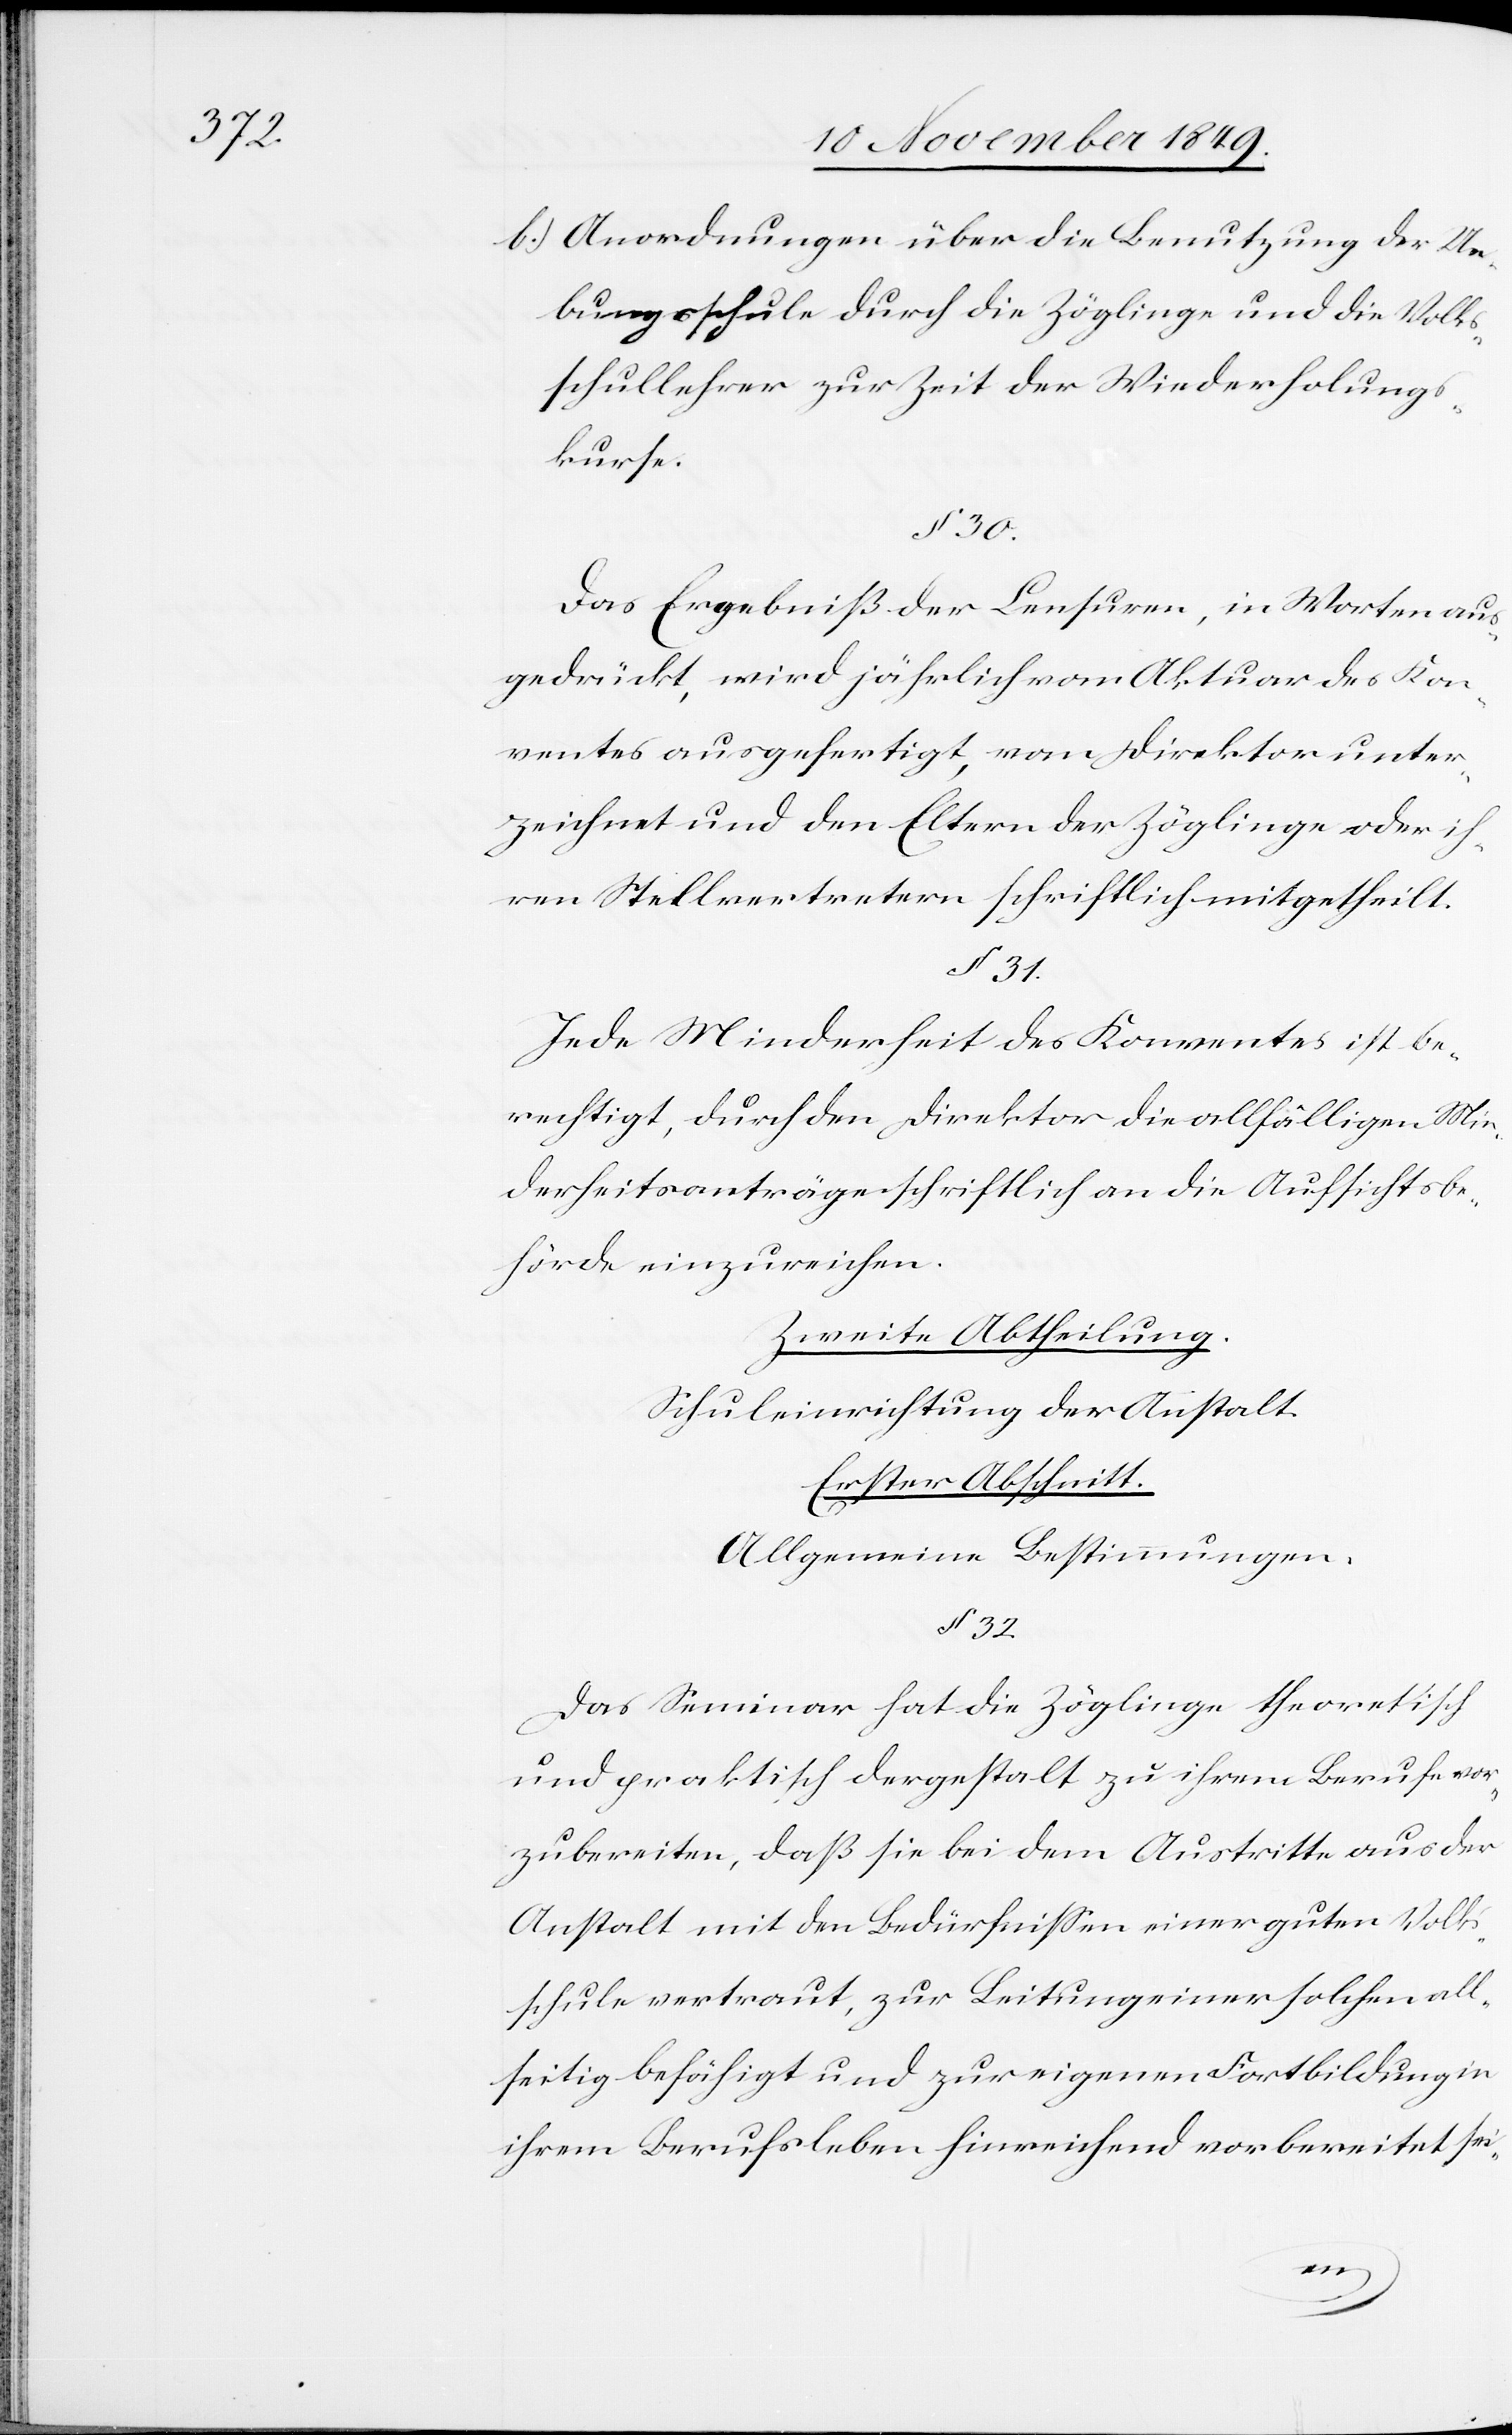
l.) Anordnungen über die Benutzung der Ue¬
bungsschule durch die Zöglinge und die Volks¬
schullehrer zur Zeit der Wiederholungs¬
kurse.
§ 30.
Das Ergebniß der Censuren, in Worten aus¬
gedrückt, wird jährlich vom Aktuar des Kon¬
ventes ausgefertigt, vom Direktor unter¬
zeichnet und den Eltern der Zöglinge oder ih¬
ren Stellvertretern schriftlich mitgetheilt.
§ 32.
Jede Minderheit des Konventes ist be¬
rechtigt, durch den Direktor die allfälligen Min¬
derheitsanträge schriftlich an die Aufsichtsbe¬
hörde einzureichen.
Zweite Abtheilung.
Schuleinrichtung der Anstalt.
Erster Abschnitt.
Allgemeine Bestimmungen.
Das Seminar hat die Zöglinge theoretisch
und praktisch dergestalt zu ihrem Berufe vor¬
zubereiten, daß sie bei dem Austritte aus der
Anstalt mit den Bedürfnißen einer guten Volks¬
schule vertraut, zur Leitung einer solchen all¬
seitig befähigt und zur eigenen Fortbildung in
ihrem Berufsleben hinreichend vorbereitet sei-